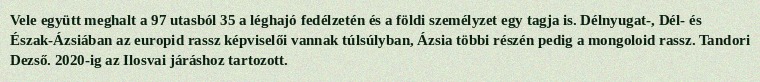
Vele együtt meghalt a 97 utasból 35 a léghajó fedélzetén és a földi személyzet egy tagja is. Délnyugat-, Dél- és Észak-Ázsiában az europid rassz képviselői vannak túlsúlyban, Ázsia többi részén pedig a mongoloid rassz. Tandori Dezső. 2020-ig az Ilosvai járáshoz tartozott.